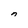
Character: n